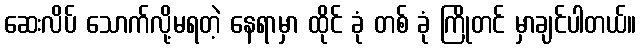
ဆေးလိပ် သောက်လို့မရတဲ့ နေရာမှာ ထိုင် ခုံ တစ် ခုံ ကြိုတင် မှာချင်ပါတယ်။